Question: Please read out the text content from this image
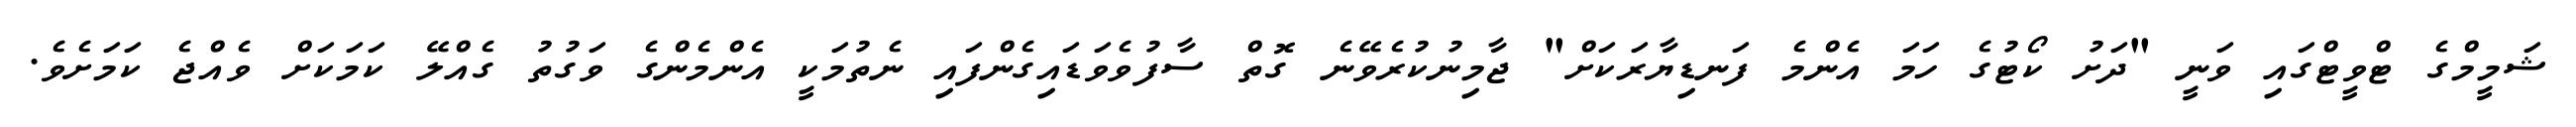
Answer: ޝަމީމްގެ ޓްވީޓްގައި ވަނީ "ދަށު ކޯޓުގެ ހަމަ އެންމެ ފަނޑިޔާރަކަށް" ޖާމިނުކުރެވޭނެ ގޮތް ސާފުވެވަޑައިގެންފައި ނެތުމަކީ އެންމެންގެ ވަގުތު ގެއްލޭ ކަމަކަށް ވެއްޖެ ކަމަށެވެ.